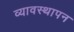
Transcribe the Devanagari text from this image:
व्यावस्थापन